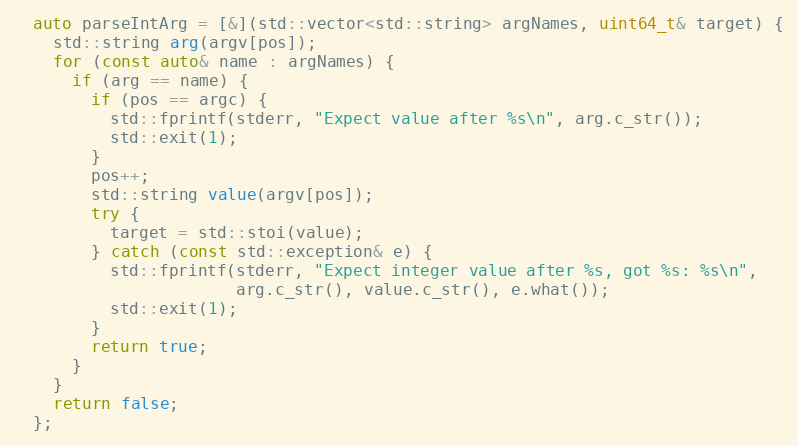
Language: C++
  auto parseIntArg = [&](std::vector<std::string> argNames, uint64_t& target) {
    std::string arg(argv[pos]);
    for (const auto& name : argNames) {
      if (arg == name) {
        if (pos == argc) {
          std::fprintf(stderr, "Expect value after %s\n", arg.c_str());
          std::exit(1);
        }
        pos++;
        std::string value(argv[pos]);
        try {
          target = std::stoi(value);
        } catch (const std::exception& e) {
          std::fprintf(stderr, "Expect integer value after %s, got %s: %s\n",
                       arg.c_str(), value.c_str(), e.what());
          std::exit(1);
        }
        return true;
      }
    }
    return false;
  };